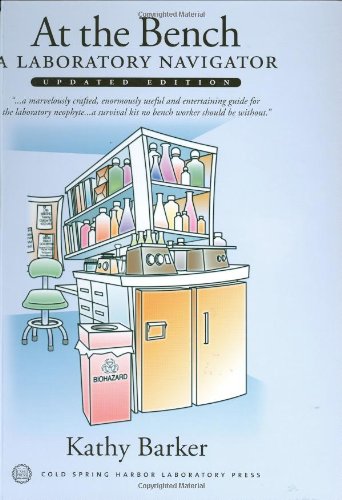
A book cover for At the Bench: A Laboratory Navigator, Updated Edition; Kathy Barker; Medical Books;